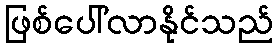
ဖြစ်ပေါ်လာနိုင်သည်